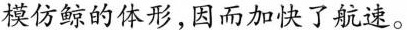
模仿鲸的体形，因而加快了航速。